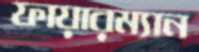
ফায়ারম্যান